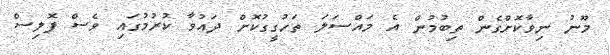
މޫނު ނިވާކޮށްގެން ތިބުމުން އެ މައްސަލަ ތަހުގީގުކޮށް ދައުވާ ކުރުމުގައި ވެސް ޕޮލިސް